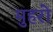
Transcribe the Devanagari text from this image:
मुहरो